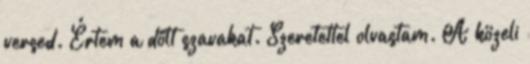
versed. Értem a dőlt szavakat. Szeretettel olvastam. A közeli